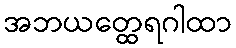
အဘယတ္ထေရဂါထာ